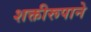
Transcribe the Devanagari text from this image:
शक्तीरूपाने